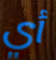
أي